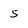
Character: 5